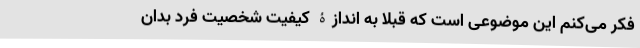
فکر می‌کنم این موضوعی است که قبلاً به اندازۀ کیفیت شخصیت فرد بدان